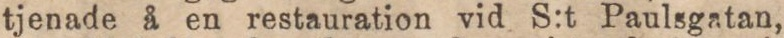
tjenade å en restauration vid S:t Paulsgatan,